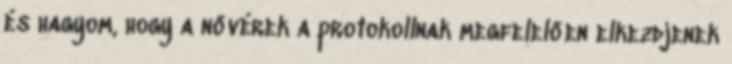
és hagyom, hogy a nővérek a protokollnak megfelelően elkezdjenek